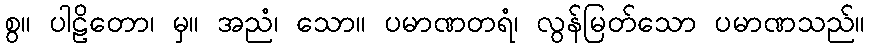
စွ။ ပါဠိတော၊ မှ။ အညံ၊ သော။ ပမာဏတရံ၊ လွန်မြတ်သော ပမာဏသည်။